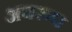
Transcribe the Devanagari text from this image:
अवरुप